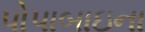
પોપાબાઇના